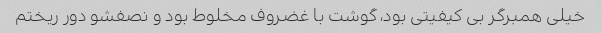
خیلی همبرگر بی کیفیتی بود، گوشت با غضروف مخلوط بود و نصفشو دور ریختم